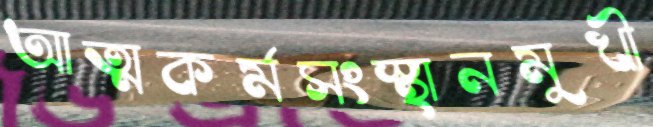
আত্মকর্মসংস্থানমুখী